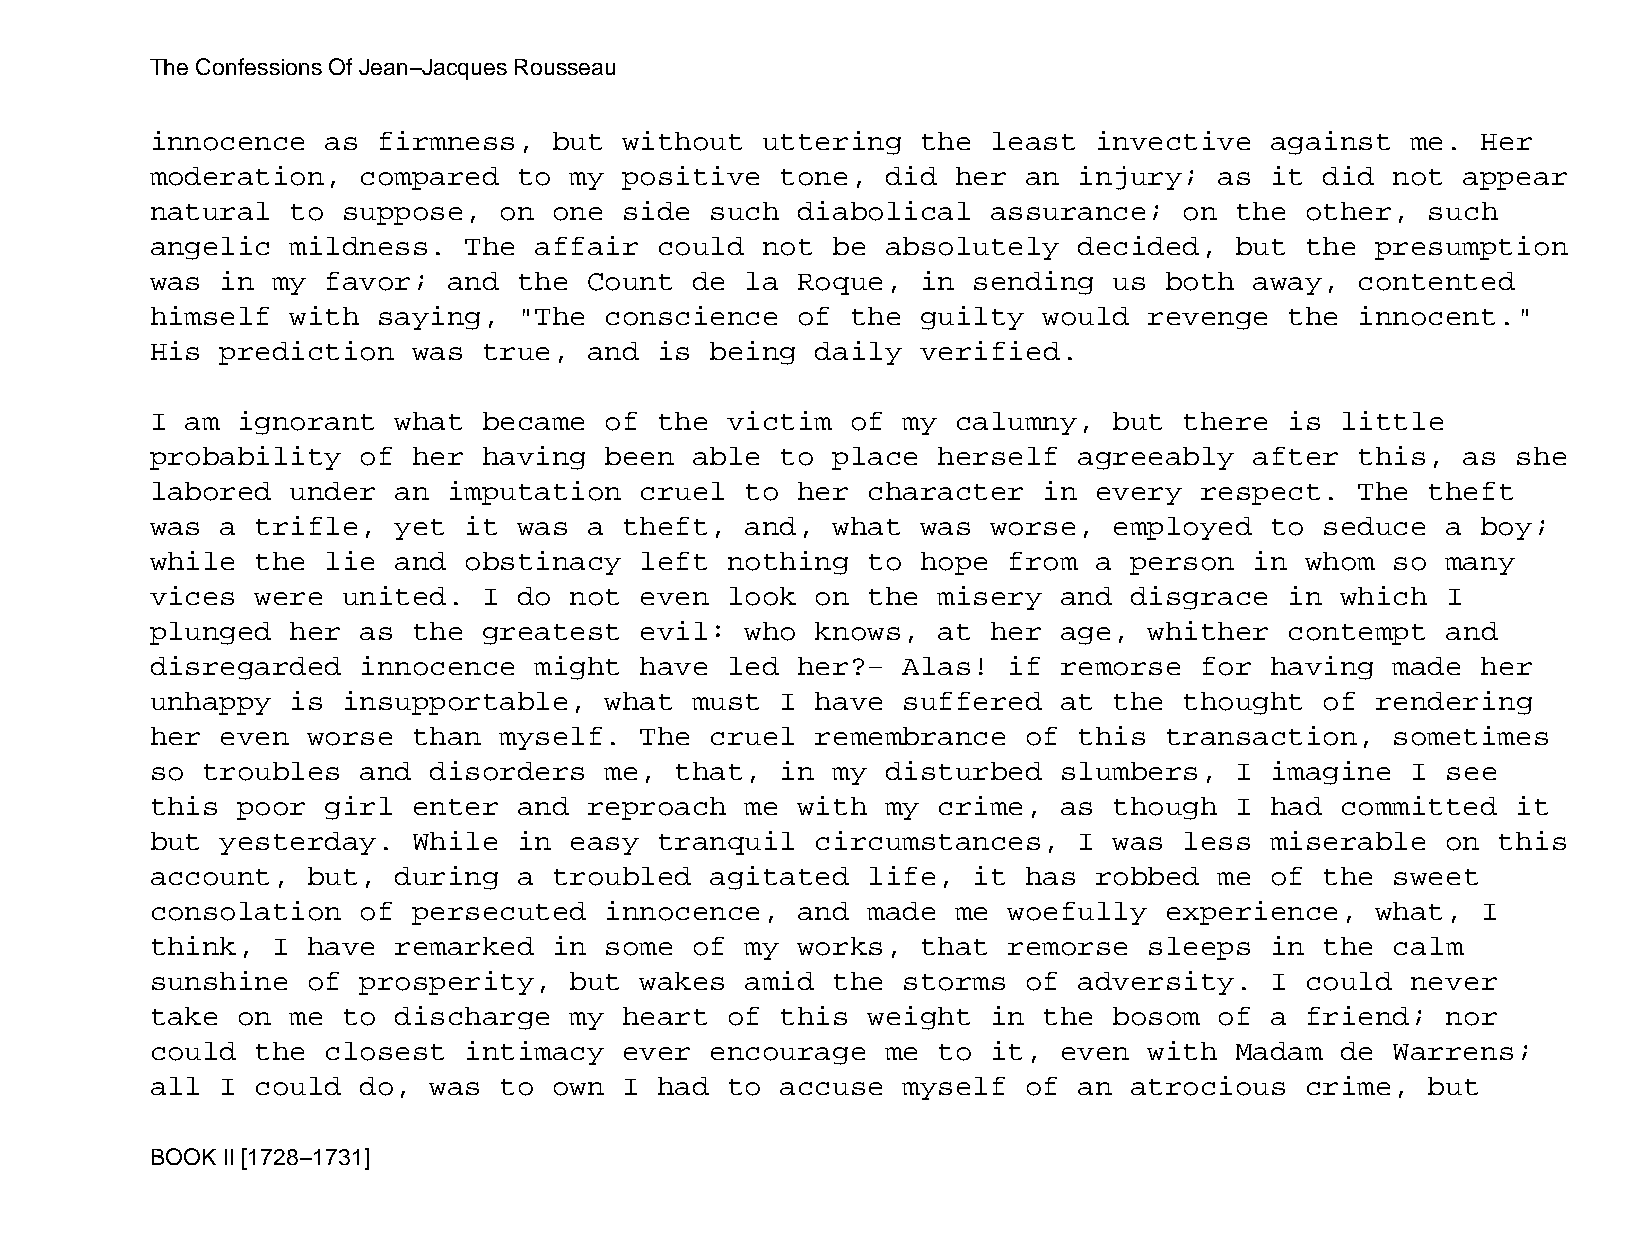
The Confessions Of Jean−Jacques Rousseau
 innocence   as firmness,   but without  uttering   the  least invective   against  me.  Her
 moderation,   compared  to  my positive   tone,  did her  an injury;   as it  did not  appear
 natural  to  suppose,  on  one side  such  diabolical   assurance;  on  the other,   such
 angelic  mildness.   The affair   could not  be  absolutely  decided,   but the  presumption
 was  in my  favor;  and the  Count  de la  Roque,  in sending   us both  away,  contented
 himself  with  saying,  "The  conscience   of the  guilty  would  revenge  the  innocent."
 His  prediction  was  true,  and  is being  daily  verified.
 I am  ignorant  what  became  of  the victim  of  my calumny,   but there  is  little
 probability   of her  having  been  able  to place  herself  agreeably   after  this,  as she
 labored  under  an  imputation  cruel  to  her character   in every  respect.   The  theft
 was  a trifle,  yet  it was  a theft,  and,  what  was  worse,  employed  to  seduce  a boy;
 while  the  lie and  obstinacy  left  nothing  to  hope  from a  person  in whom  so  many
 vices  were  united.  I do  not even  look  on the  misery  and  disgrace  in  which  I
 plunged  her  as the  greatest  evil:  who  knows,  at  her age,  whither  contempt   and
 disregarded   innocence  might  have  led  her?−  Alas!  if remorse  for  having  made  her
 unhappy  is  insupportable,   what  must  I have  suffered  at  the thought   of rendering
 her  even worse  than  myself.  The  cruel  remembrance   of this  transaction,   sometimes
 so troubles   and disorders   me,  that,  in my  disturbed  slumbers,   I imagine  I  see
 this  poor  girl enter  and  reproach  me  with  my crime,  as  though  I had  committed  it
 but  yesterday.  While  in  easy  tranquil  circumstances,   I  was less  miserable   on this
 account,  but,  during  a  troubled  agitated  life,  it  has robbed   me of  the sweet
 consolation   of persecuted   innocence,   and made  me  woefully  experience,   what,  I
 think,  I have  remarked   in some  of my  works,  that  remorse  sleeps  in  the calm
 sunshine  of  prosperity,   but wakes  amid  the  storms  of adversity.   I could  never
 take  on me  to discharge   my heart  of  this weight   in the  bosom  of a friend;   nor
 could  the  closest  intimacy  ever  encourage   me to  it, even  with  Madam  de Warrens;
 all  I could  do, was  to  own I  had to  accuse  myself  of an  atrocious  crime,   but
 BOOK II [1728−1731]